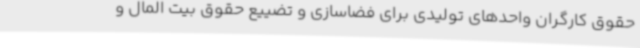
حقوق کارگران واحدهای تولیدی برای فضاسازی و تضییع حقوق بیت المال و